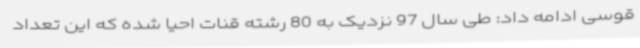
قوسی ادامه داد: طی سال 97 نزدیک به 80 رشته قنات احیا شده که این تعداد